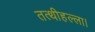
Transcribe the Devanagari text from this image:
तत्थीहल्ला।